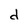
Character: d